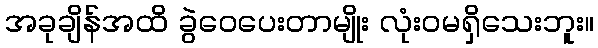
အခုချိန်အထိ ခွဲဝေပေးတာမျိုး လုံးဝမရှိသေးဘူး။